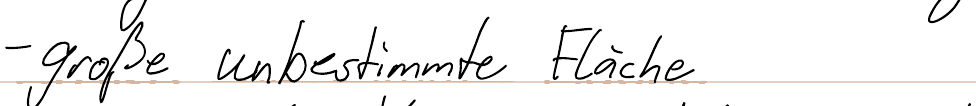
- große unbestimmte Fläche